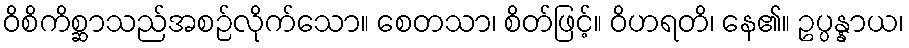
ဝိစိကိစ္ဆာသည်အစဉ်လိုက်သော။ စေတသာ၊ စိတ်ဖြင့်။ ဝိဟရတိ၊ နေ၏။ ဥပ္ပန္နာယ၊